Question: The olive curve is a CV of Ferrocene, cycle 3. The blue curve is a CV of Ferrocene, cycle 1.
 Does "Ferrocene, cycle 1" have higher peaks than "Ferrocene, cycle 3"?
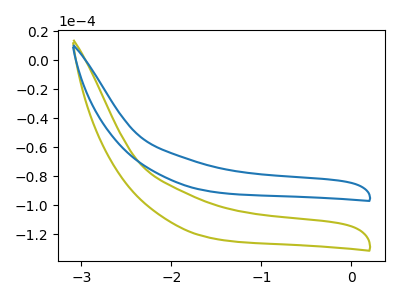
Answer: <think>The olive curve "Ferrocene, cycle 3" has no peaks. The blue curve "Ferrocene, cycle 1" has no peaks.</think>
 <answer>Niether CV has any peaks.</answer>
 <eval>blanks</eval>